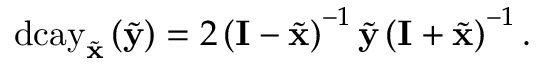
\mathrm { d c a y } _ { \tilde { \mathbf { x } } } \left( \tilde { \mathbf { y } } \right) = 2 \left( \mathbf { I } - \tilde { \mathbf { x } } \right) ^ { - 1 } \tilde { \mathbf { y } } \left( \mathbf { I } + \tilde { \mathbf { x } } \right) ^ { - 1 } .